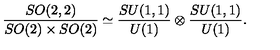
{ \frac { S O ( 2 , 2 ) } { S O ( 2 ) \times S O ( 2 ) } } \simeq { \frac { S U ( 1 , 1 ) } { U ( 1 ) } } \otimes { \frac { S U ( 1 , 1 ) } { U ( 1 ) } } .